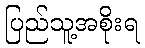
ပြည်သူ့အစိုးရ